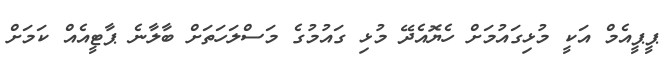
ޕީޕީއެމް އަކީ މުޅިގައުމަށް ހެޔޮއެދޭ މުޅި ގައުމުގެ މަސްލަހަތަށް ބާލާނެ ޕާޓީއެއް ކަމަށް